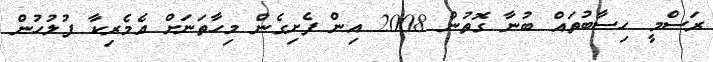
ރަސްމީ ހިސާބުތައް ބުނާ ގޮތުން 2008 އިން ފެށިގެން މިހާތަނަށް އެމެރިކާ ފުލުހުން